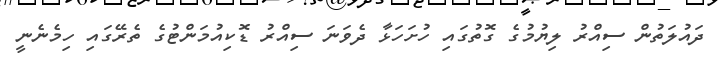
ދައުލަތުން ސިއްރު ލިޔުމުގެ ގޮތުގައި ހުށަހަޅާ ދެވަނަ ސިއްރު ޑޮކިއުމަންޓުގެ ތެރޭގައި ހިމެނެނީ